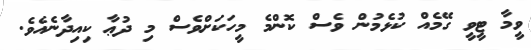
ވީމާ ޓީވީ ގޭމެއް ކުޅެމުން ވެސް ކޮންމެ މީހަކަށްވެސް މި ދުޢާ ކިއިދާނެއެވެ.